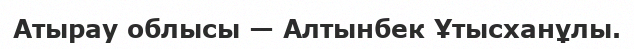
Атырау облысы — Алтынбек Ұтысханұлы.